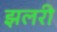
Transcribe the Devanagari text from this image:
झलरी